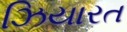
ઝિયારત